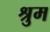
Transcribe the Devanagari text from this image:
श्रुम